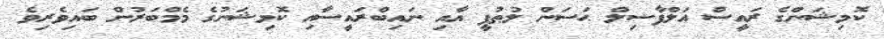
ކޮމިޝަންގެ ރައީސް އަލްފާޟިލް ޙަސަން ލުޠުފީ އާއި ނައިބްރައީސާއި ކޮމިޝަނުގެ މެމްބަރުން ބައިވެރިވެ